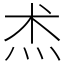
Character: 𤇍